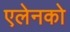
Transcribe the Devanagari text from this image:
एलेनको